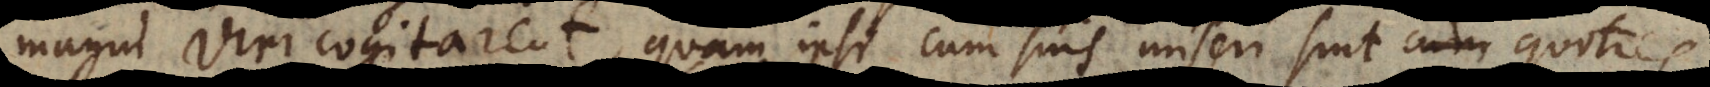
magni viri cogitarent, quam ipsi cum suis miseri sint quoties